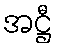
အဋ္ဌီ